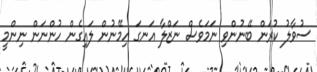
ސުވާލު ކުރަން ބޭނުންވި ނަމަވެސް ނަޒްލާ އަނގަ ހިމޭނުން ލައިގެން ހުންނަން ނިންމީ